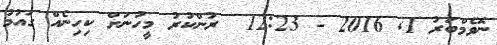
ނޮވެމްބަރު 1